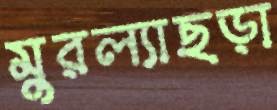
মুরল্যাছড়া